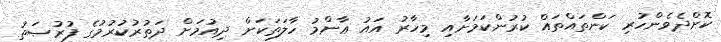
ކޮށްދެވެންހުރި ކަންތައްތައް ކުރުންކަމަށާއި މިހާރު އައު ޢާންމު ހާލަތަކަށް ދިއުމަށް ދަތުރުކުރުމުގެ ފުރުޞަތު